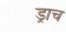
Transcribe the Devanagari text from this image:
ड्राच